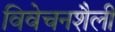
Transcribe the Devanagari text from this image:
विवेचनशैली